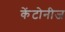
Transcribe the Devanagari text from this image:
केंटोनीज